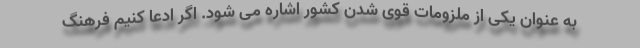
به عنوان یکی از ملزومات قوی شدن کشور اشاره می شود. اگر ادعا کنیم فرهنگ